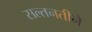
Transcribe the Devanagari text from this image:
सल्तनतीने